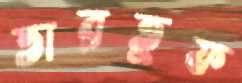
তারতুফ